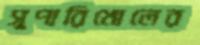
সুপারিখোলের